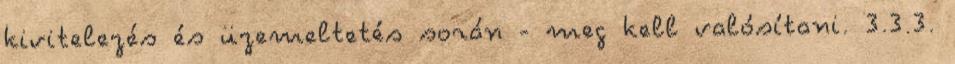
kivitelezés és üzemeltetés során - meg kell valósítani. 3.3.3.